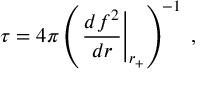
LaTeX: \tau = 4 \pi \left( \left. \frac { d f ^ { 2 } } { d r } \right| _ { r _ { + } } \right) ^ { - 1 } \; ,